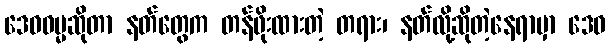
ဒေဝဓမ္မဆိုတာ နတ်တွေက တန်ဖိုးထားတဲ့ တရား၊ နတ်လို့ဆိုတဲ့နေရာမှာ ဒေဝ